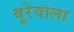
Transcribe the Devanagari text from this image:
बूरेवाला